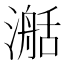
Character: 𣽰